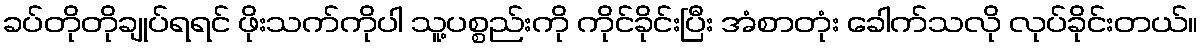
ခပ်တိုတိုချုပ်ရရင် ဖိုးသက်ကိုပါ သူ့ပစ္စည်းကို ကိုင်ခိုင်းပြီး အံစာတုံး ခေါက်သလို လုပ်ခိုင်းတယ်။